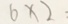
6 \times 2